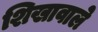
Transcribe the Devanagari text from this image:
शिखावाले